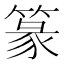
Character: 篆